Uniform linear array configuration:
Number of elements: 48
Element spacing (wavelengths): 1
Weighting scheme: hann
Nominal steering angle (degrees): -30
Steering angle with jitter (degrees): -29.311
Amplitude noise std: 0.05
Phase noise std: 0.05

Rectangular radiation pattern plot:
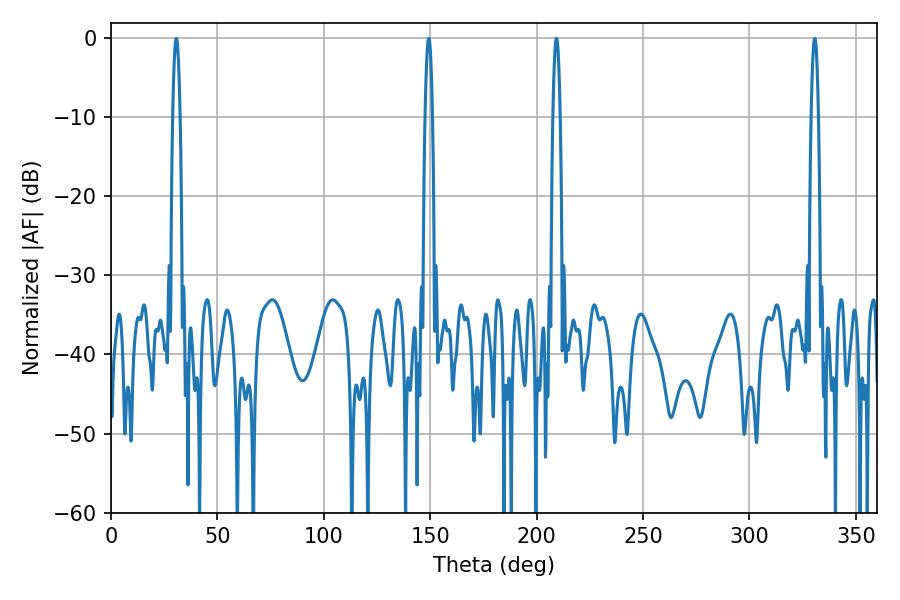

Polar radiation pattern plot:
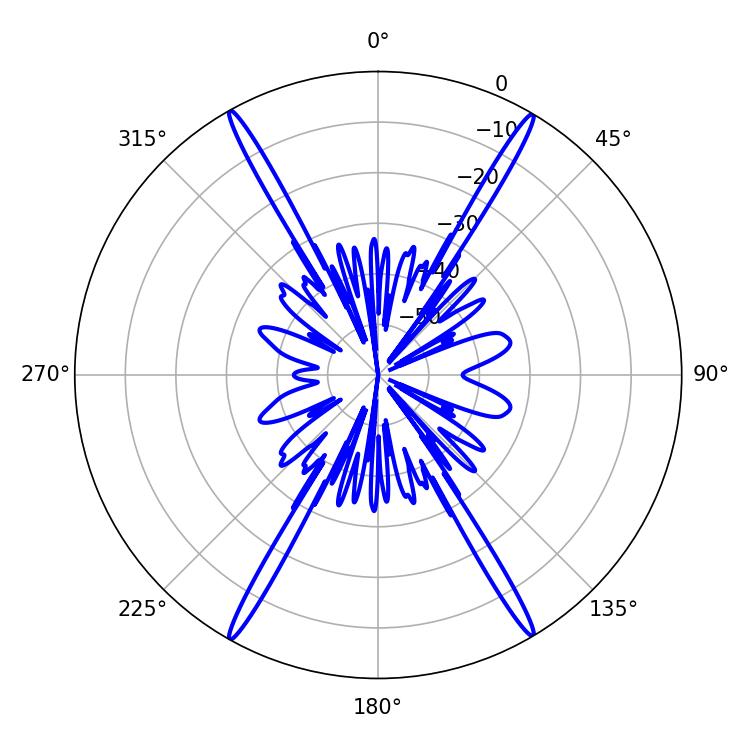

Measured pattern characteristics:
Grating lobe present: TRUE
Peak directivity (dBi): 29.736
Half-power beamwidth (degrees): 1.8
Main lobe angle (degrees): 330.66